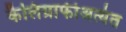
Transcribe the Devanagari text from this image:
कैलिग्राफीअत्यंत